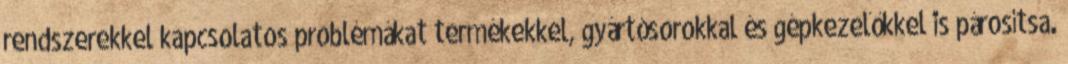
rendszerekkel kapcsolatos problémákat termékekkel, gyártósorokkal és gépkezelőkkel is párosítsa.